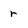
Character: r